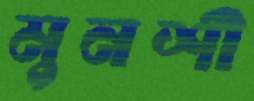
মুনশী